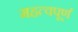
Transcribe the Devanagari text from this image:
महत्‍वपूर्ण